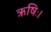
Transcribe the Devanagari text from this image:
ऋषिः।